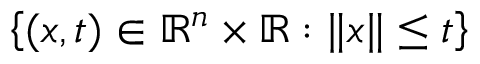
\left\{ ( x , t ) \in \mathbb { R } ^ { n } \times \mathbb { R } : \lVert x \rVert \leq t \right\}